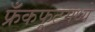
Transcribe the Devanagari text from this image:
फ्रँकफूटमध्ये